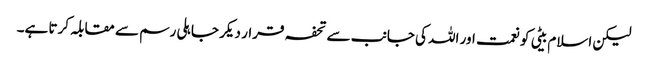
لیکن اسلام بیٹی کو نعمت اور اللہ کی جانب سے تحفہ قرار دیکر جاہلی رسم سے مقابلہ کرتا ہے۔